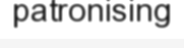
patronising